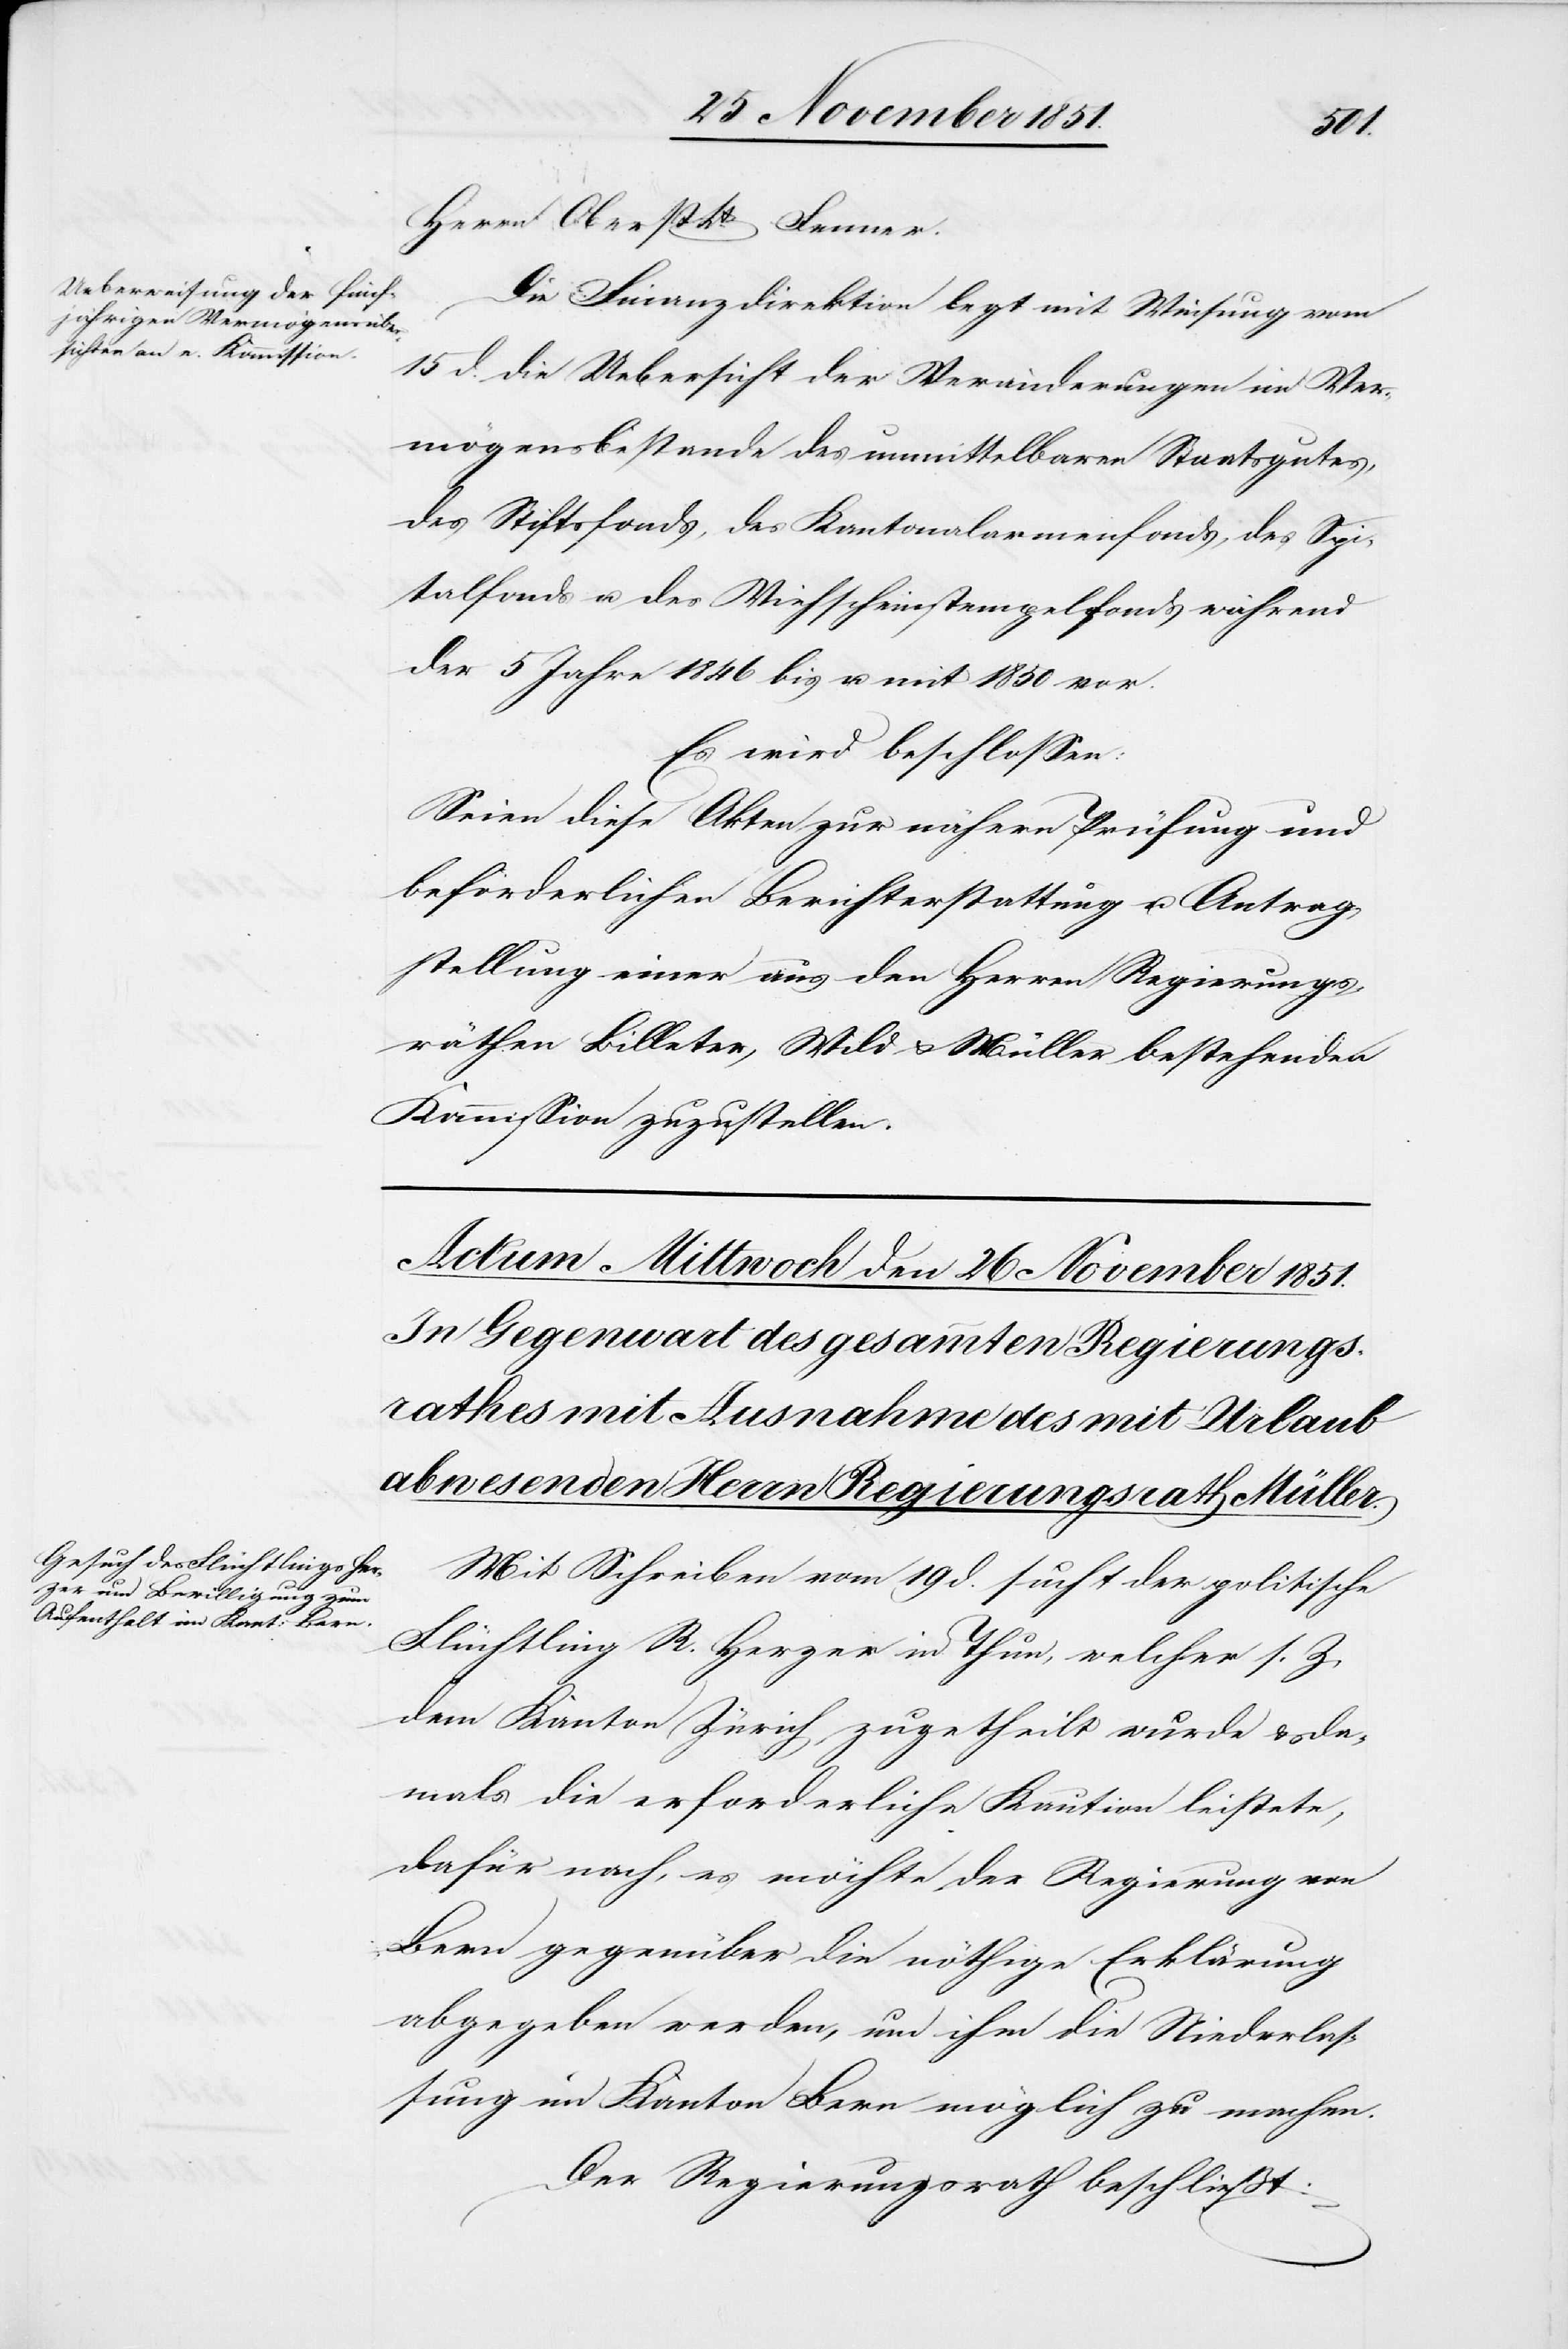
Herrn Oberst Lt. Fenner.
Die Finanzdirektion legt mit Weisung vom
15 d. die Uebersicht der Veränderungen im Ver¬
mögensbestande des unmittelbaren Staatsgutes,
des Stiftsfonds, des Kantonalarmenfonds, des Spi¬
talfonds u. des Viehscheinstempelfonds während
der 5 Jahre 1846 bis u. mit 1850 vor.
Es wird beschlossen:
Seien diese Akten zur nähern Prüfung und
beförderlichen Berichterstattung u. Antrag¬
stellung einer aus den Herren Regierungs¬
räthen Billeter, Wild & Müller bestehenden
Kommission zuzustellen.
Mit Schreiben vom 19 d. sucht der politische
Flüchtling R. Herzer in Thun, welcher s. Z.
dem Kanton Zürich zugetheilt wurde & da¬
mals die erforderliche Kaution leistete,
dafür nach, es möchte der Regierung von
Bern gegenüber die nöthige Erklärung
abgegeben werden, um ihm die Niederlas¬
sung im Kanton Bern möglich zu machen.
Der Regierungsrath beschließt: